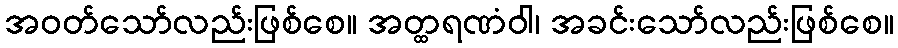
အဝတ်သော်လည်းဖြစ်စေ။ အတ္ထရဏံဝါ၊ အခင်းသော်လည်းဖြစ်စေ။